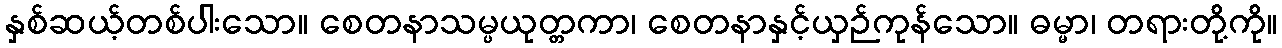
နှစ်ဆယ့်တစ်ပါးသော။ စေတနာသမ္ပယုတ္တကာ၊ စေတနာနှင့်ယှဉ်ကုန်သော။ ဓမ္မာ၊ တရားတို့ကို။